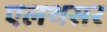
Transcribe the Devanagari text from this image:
एलथसर